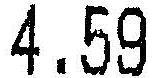
4.59